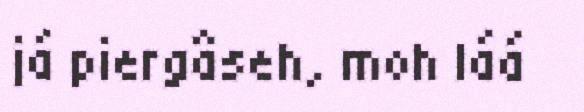
já piergâseh, moh láá